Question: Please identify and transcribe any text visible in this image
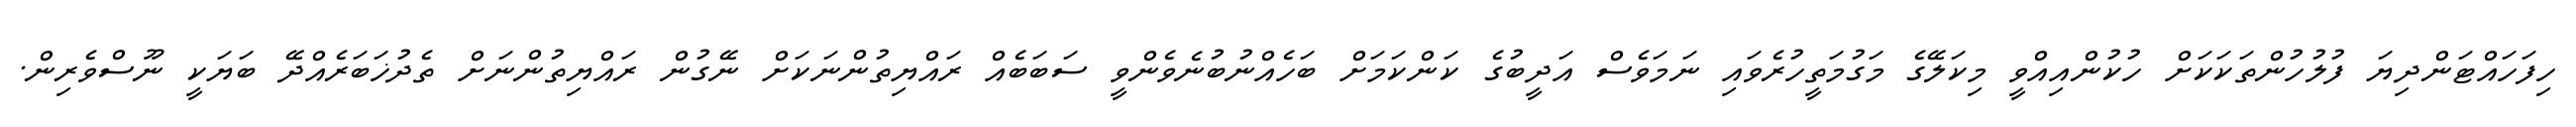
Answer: ހިފަހައްޓަންދިޔަ ފުލުހުންތަކަކަށް ހުކުންއިއްވީ މިކަލޭގެ މަގުމަތީހުރެވައި ނަމަވެސް އަދީބުގެ ކަންކަމަށް ބަހެއްނުބުނެވެންވީ ސަބަބެއް ރައްޔިތުންނަކަށް ނޭގުން ރައްޔިތުންނަށް ތެދުޚަބަރެއްދޭ ބަޔަކީ ނޫސްވެރިން.